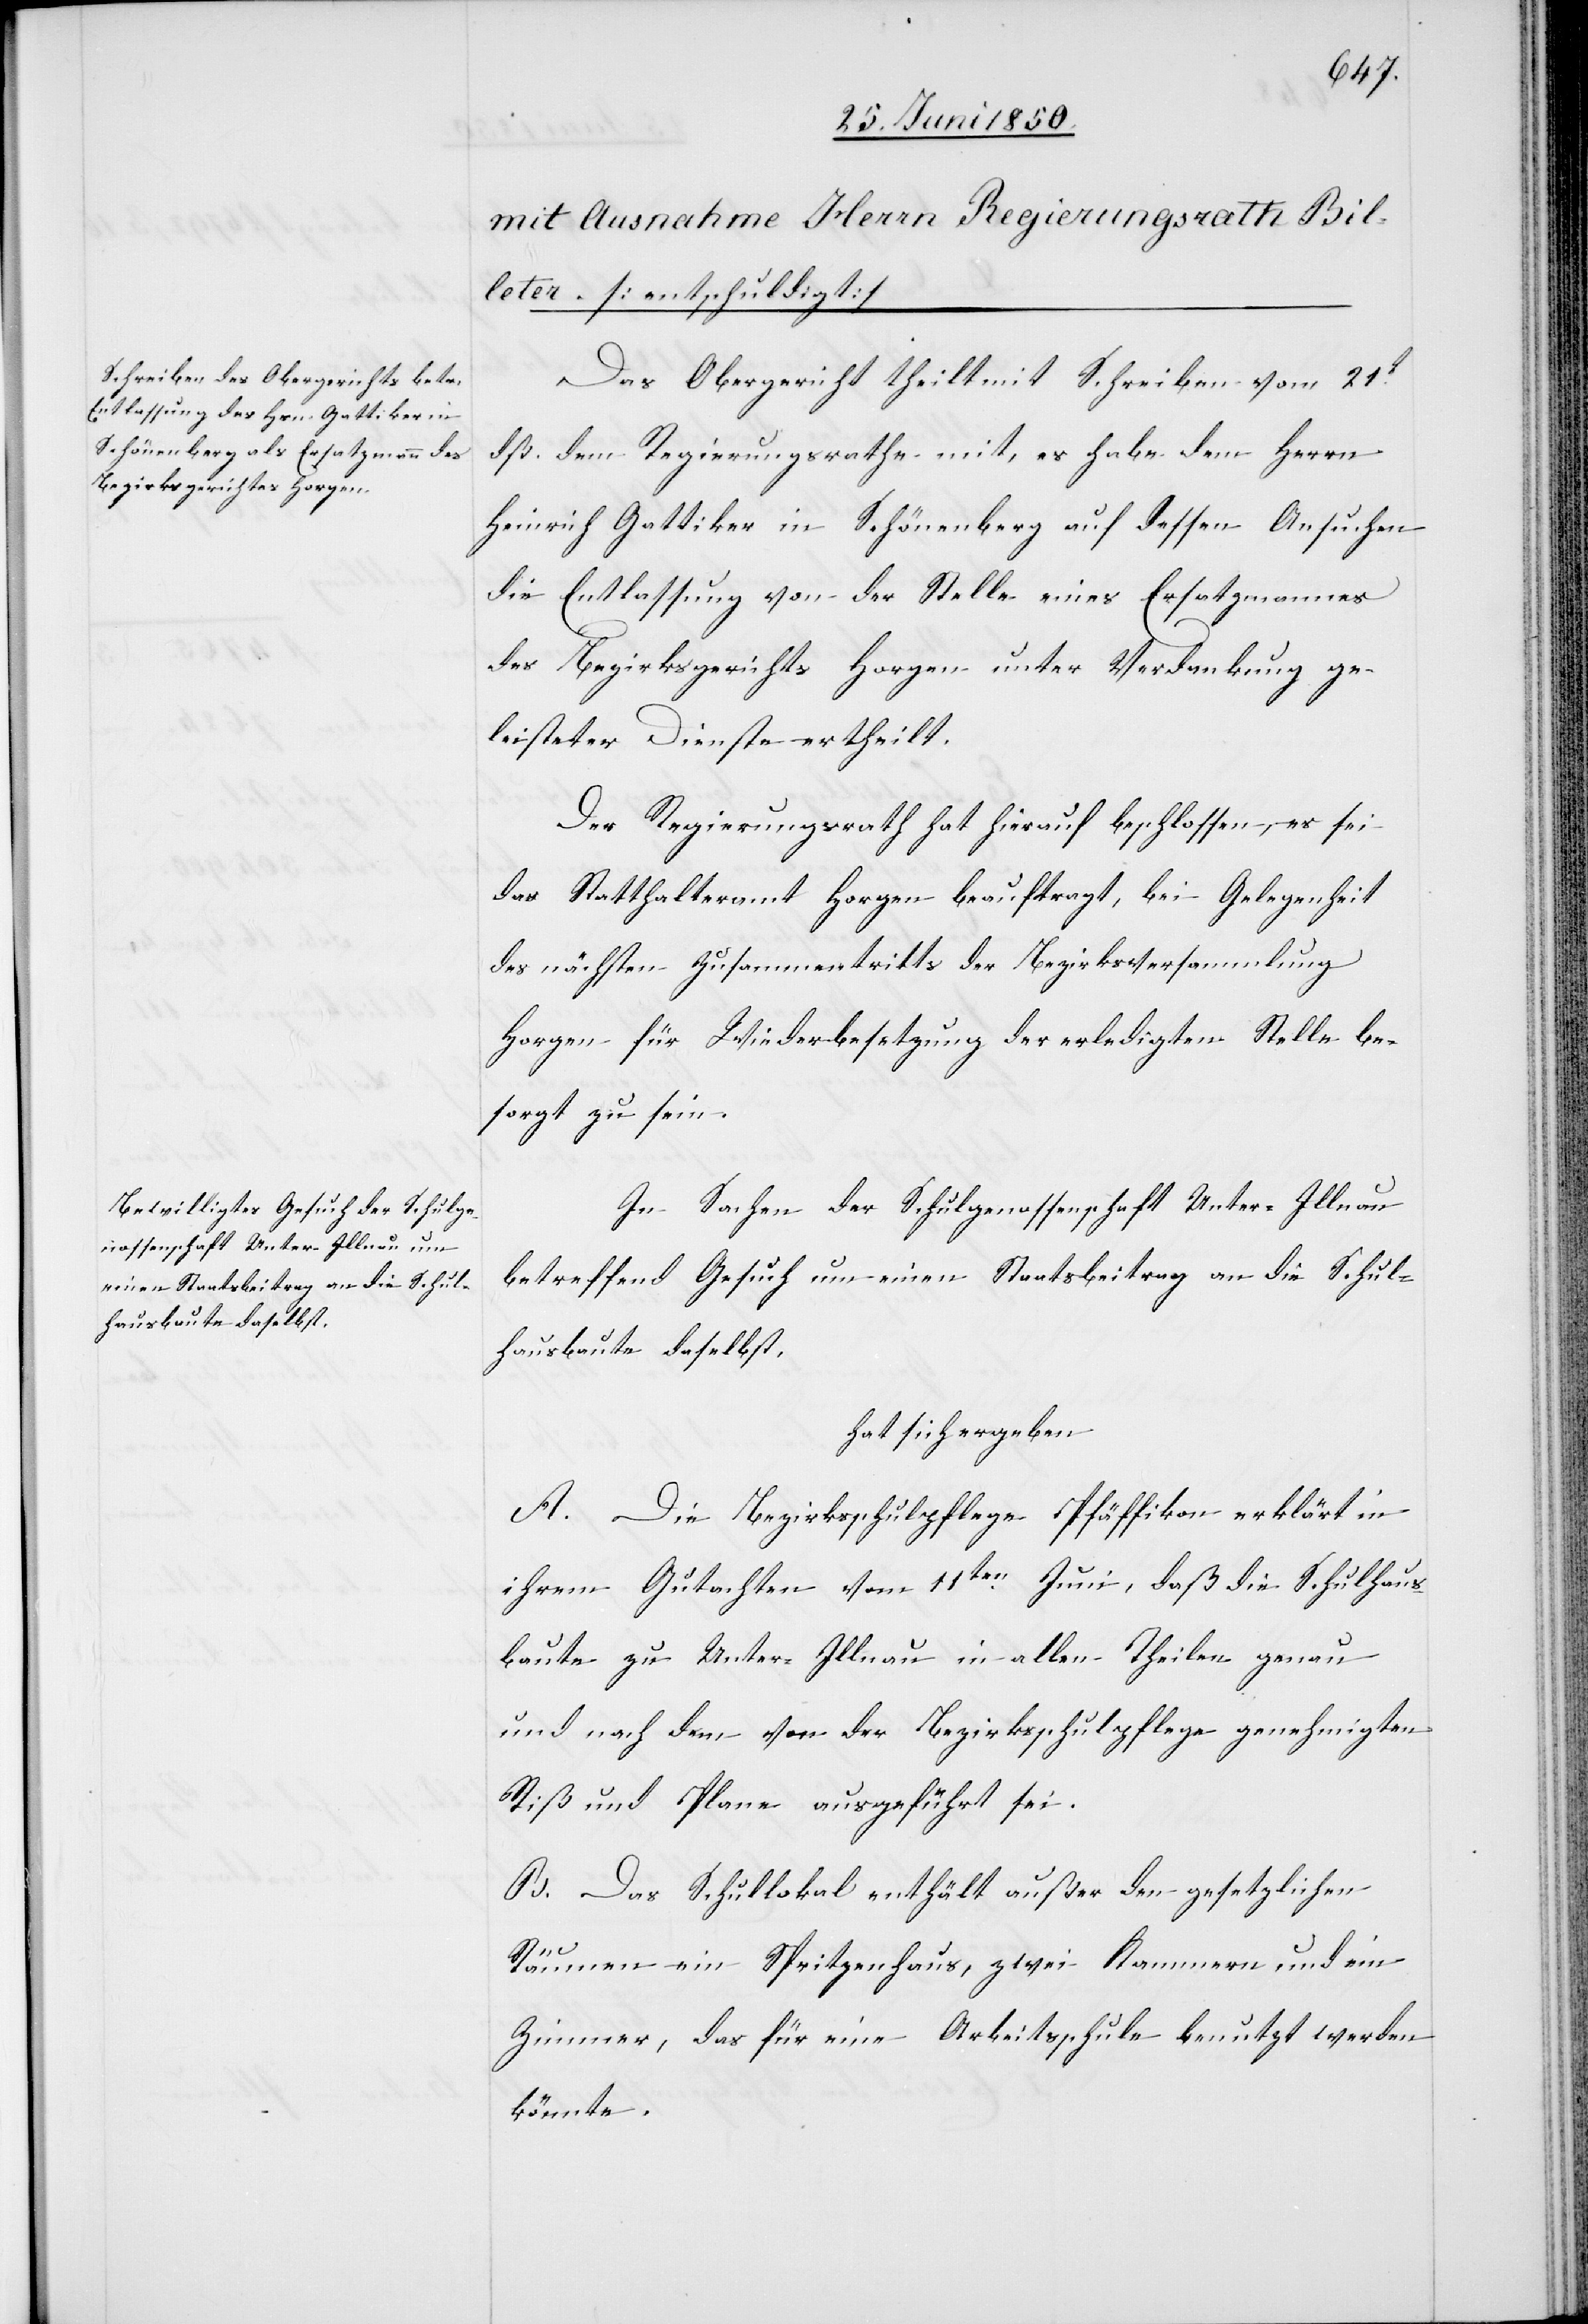
Das Obergericht theilt mit Schreiben vom 21t
dß. dem Regierungsrathe mit, es habe dem Herrn
Heinrich Gattiker in Schönenberg auf dessen Ansuchen
die Entlassung von der Stelle eines Ersatzmannes
des Bezirksgerichts Horgen unter Verdankung ge¬
leisteter Dienste ertheilt.
Der Regierungsrath hat hierauf beschlossen, es sei
das Statthalteramt Horgen beauftragt, bei Gelegenheit
des nächsten Zusammentritts der Bezirksversammlung
Horgen für Wiederbesetzung der erledigten Stelle be¬
sorgt zu sein.
In Sachen der Schulgenossenschaft Untere Illnau
betreffend Gesuch um einen Staatsbeitrag an die Schul¬
hausbaute daselbst,
hat sich ergeben
A. Die Bezirksschulpflege Pfäffikon erklärt in
ihrem Gutachten vom 11ten Juni, daß die Schulhaus¬
baute zu Unter-Illnau in allen Theilen genau
und nach dem von der Bezirksschulpflege genehmigten
Riß und Plane ausgeführt sei.
B. Das Schullokal enthält außer den gesetzlichen
Räumen ein Spritzenhaus, zwei Kammern und ein
Zimmer, das für eine Arbeitsschule benutzt werden
könnte.